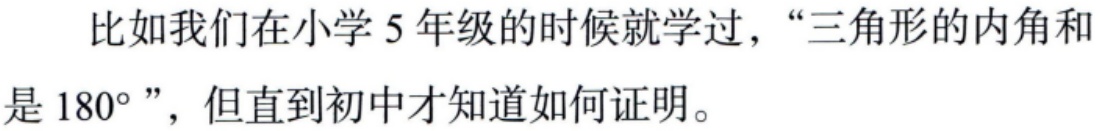
比如我们在小学5年级的时候就学过，“三角形的内角和是$180^{\circ}$”，但直到初中才知道如何证明。